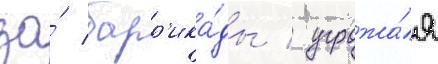
за́ барр'ика́ды / угрожа́я